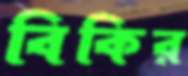
বিকির